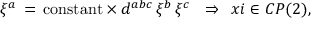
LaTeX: \xi ^ { a } \, = \, \mathrm { c o n s t a n t } \times d ^ { a b c } \, \xi ^ { b } \, \xi ^ { c } \ \ \Rightarrow \ \, x i \in C P ( 2 ) ,